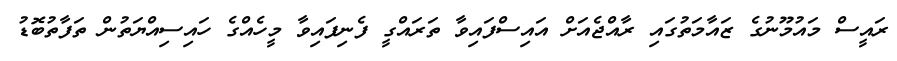
ރައީސް މައުމޫނުގެ ޒައާމަތުގައި ރާއްޖެއަށް އައިސްފައިވާ ތަރައްގީ ފެނިފައިވާ މީހެއްގެ ހައިސިއްޔަތުން ތަފާތުބޮޑު